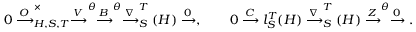
0 \xrightarrow [ ] O _ { H , S , T } ^ { \times } \xrightarrow [ ] V ^ { \theta } \xrightarrow [ ] B ^ { \theta } \xrightarrow [ ] \nabla _ { S } ^ { T } ( H ) \xrightarrow [ ] 0 , \qquad 0 \xrightarrow [ ] C l _ { S } ^ { T } ( H ) \xrightarrow [ ] \nabla _ { S } ^ { T } ( H ) \xrightarrow [ ] Z ^ { \theta } \xrightarrow [ ] 0 .